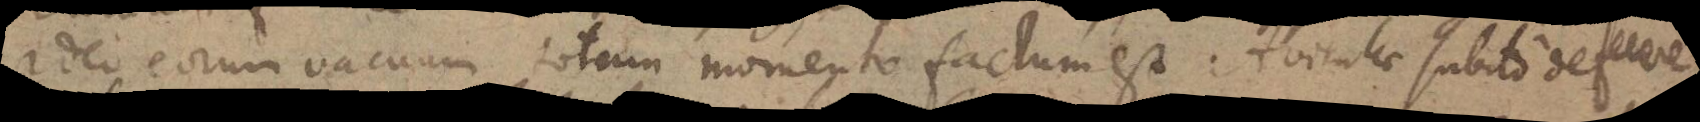
Ideo eorum vacuum totum momento factum est. Aviculae subito defecere